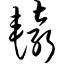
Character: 辕